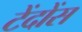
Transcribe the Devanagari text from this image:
टेंदोंस